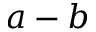
a - b